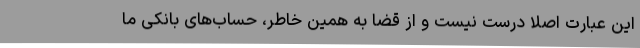
این عبارت اصلا درست نیست و از قضا به همین خاطر، حساب‌های بانکی ما